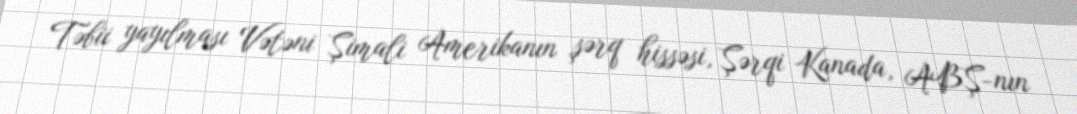
Təbii yayılması Vətəni Şimali Amerikanın şərq hissəsi, Şərqi Kanada, ABŞ-nın